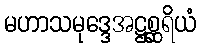
မဟာသမုဒ္ဒေအဋ္ဌစ္ဆရိယံ